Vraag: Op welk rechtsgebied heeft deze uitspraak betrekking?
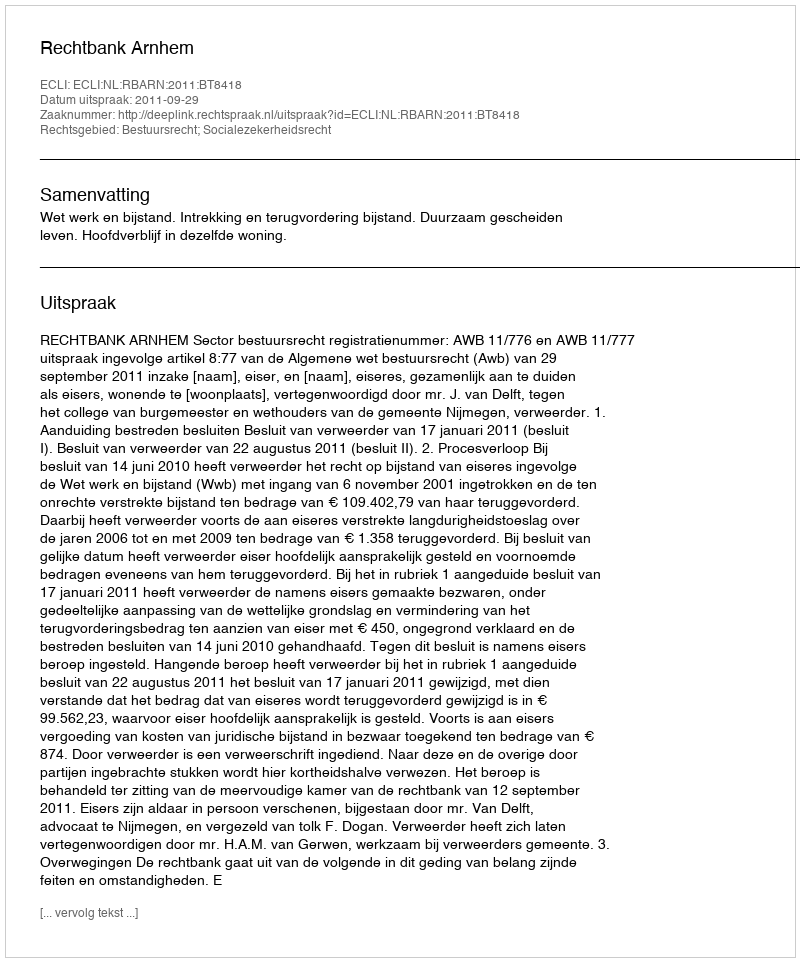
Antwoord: Bestuursrecht; Socialezekerheidsrecht